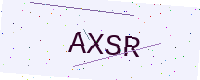
Text: AXSR